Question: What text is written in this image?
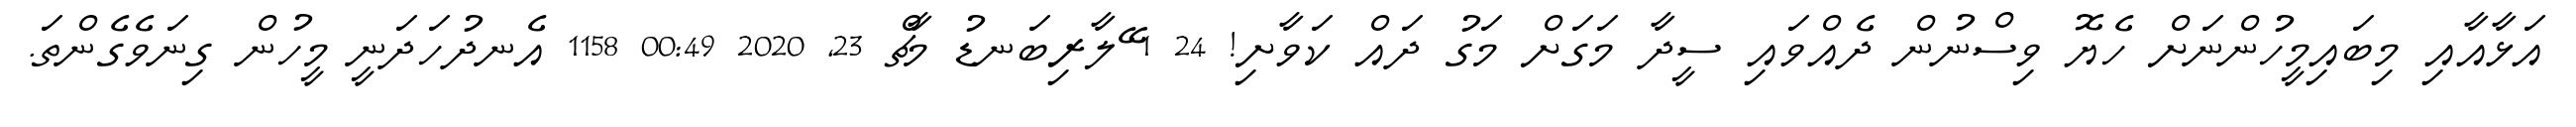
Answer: އަޅާއާއި މިބައިމީހުންނަށް ހެޔޮ ވިސްނުން ދެއްވައި ސީދާ މަގަށް މަގު ދައް ކަވާށި! 24 1 ޭލާރިބަނޑު މާޗް 23, 2020 00:49 1158 އެނދުހަދަނީ މީހުން ގިނަވެގެންތަ.